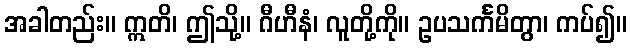
အခါတည်း။ ဣတိ၊ ဤသို့။ ဂီဟီနံ၊ လူတို့ကို။ ဥပသင်္ကမိတွာ၊ ကပ်၍။